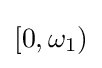
\left[0,\omega _{1}\right)